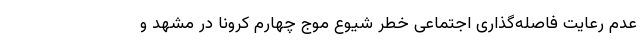
عدم رعایت فاصله‌گذاری اجتماعی خطر شیوع موج چهارم کرونا در مشهد و